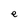
Character: e